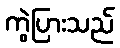
ကွဲပြားသည်